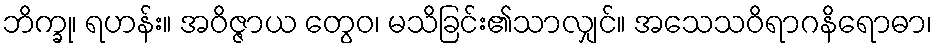
ဘိက္ခု၊ ရဟန်း။ အဝိဇ္ဇာယ တွေဝ၊ မသိခြင်း၏သာလျှင်။ အသေသဝိရာဂနိရောဓာ၊